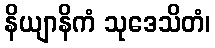
နိယျာနိကံ သုဒေသိတံ၊